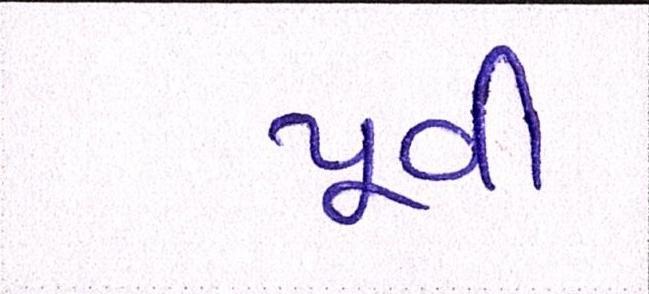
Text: પૂર્વી